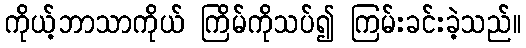
ကိုယ့်ဘာသာကိုယ် ကြိမ်ကိုသပ်၍ ကြမ်းခင်းခဲ့သည်။